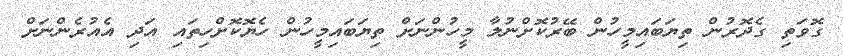
ގޮވަތި ގެދޮރުން ތިޔަބައިމީހުން ބޭރުކޮށްނުލާ މީހުންނަށް ތިޔަބައިމީހުން ހެޔޮކޮށްހިތައި އަދި އެއުރެންނަށް